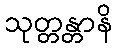
သုတ္တန္တာနိ